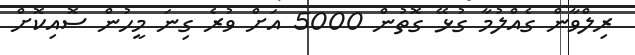
ރިލްވާން ގެއްލުމާ ގުޅޭ ގޮތުން 5000 އަށް ވުރެ ގިނަ މީހުން ސޮއިކޮށް